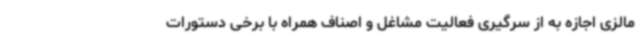
مالزی اجازه به از سرگیری فعالیت مشاغل و اصناف همراه با برخی دستورات